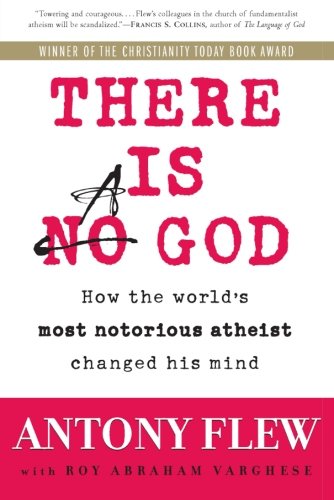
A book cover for There Is a God: How the World's Most Notorious Atheist Changed His Mind; Antony Flew; Politics & Social Sciences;